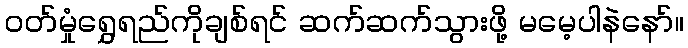
ဝတ်မှုံရွှေရည်ကိုချစ်ရင် ဆက်ဆက်သွားဖို့ မမေ့ပါနဲနော်။